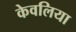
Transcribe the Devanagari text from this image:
केवलिया